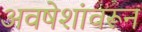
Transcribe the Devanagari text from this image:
अवषेशांवरून